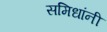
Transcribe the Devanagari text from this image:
समिधांनी